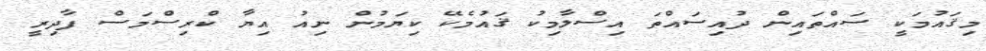
މިޤައުމަކީ ސައްތައިން ދުއިސައްތަ އިސްލާމިކު ޤައުމެކޭ ކިޔަމުން ނިއު އިޔާ ކްރިސްމަސް ފާދިރީ